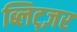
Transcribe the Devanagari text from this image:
ब्लिट्ज़र